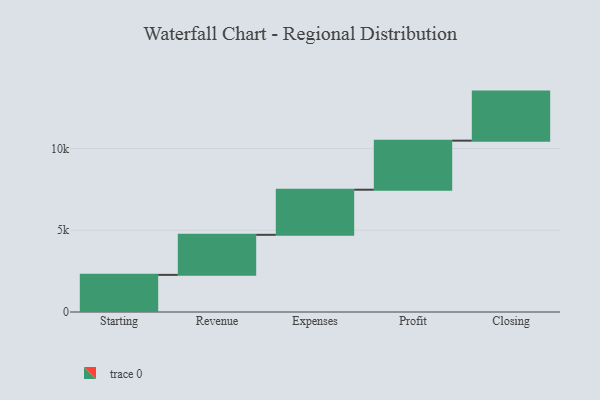
{"axis": {"x": "Step", "y": "Value"}, "legend": [""], "data": [{"x": "Starting", "y": 2271.0, "type": ""}, {"x": "Revenue", "y": 2449.0, "type": ""}, {"x": "Expenses", "y": 2759.0, "type": ""}, {"x": "Profit", "y": 3000, "type": ""}, {"x": "Closing", "y": 3000, "type": ""}]}